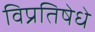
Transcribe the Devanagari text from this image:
विप्रतिषेधे